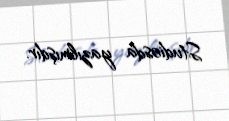
Studiosda yazılmışdır.